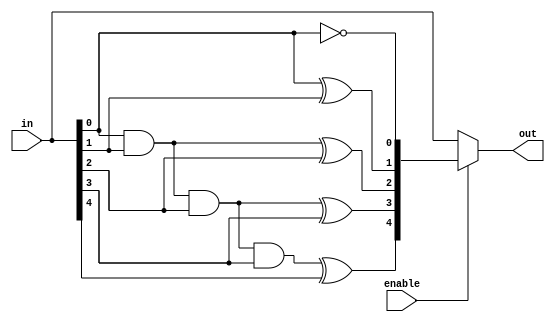
module incrementer5b(in, enable, out);
	 
	 // Assigning ports as in/out
	 // If enable is set to 1, then out = in + 1, otherwise out = in
	 input [4:0] in;
	 input enable;
	 output [4:0] out;
	 
	 // Logic for out_ifen
	 // Wire which gives the output for the case of enable = 1
	 wire [4:0] out_ifen;
	 
	 //// out_ifen[0] = ~in[0]
	 not g1(out_ifen[0], in[0]);
	 
	 //// out_ifen[1] = in[0]^in[1]
	 xor g2(out_ifen[1], in[0], in[1]);
	 
	 //// out_ifen[2] = (in[0]*in[1])^in[2]
	 wire w1;
	 and g3(w1, in[0], in[1]);
	 xor g4(out_ifen[2], w1, in[2]);
	 
	 //// out_ifen[3] = (in[0]*in[1]*in[2])^in[3]
	 wire w2;
	 and g5(w2, w1, in[2]);
	 xor g6(out_ifen[3], w2, in[3]);
	 
	 //// out_ifen[4] = (in[0]*in[1]*in[2]*in[3])^in[4]
	 wire w3;
	 and g7(w3, w2, in[3]);
	 xor g8(out_ifen[4], w3, in[4]);
	 //
	 
	 // Logic for selecting the output
	 assign out = (enable) ? out_ifen : in;

endmodule